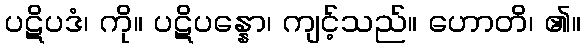
ပဋိပဒံ၊ ကို။ ပဋိပန္နော၊ ကျင့်သည်။ ဟောတိ၊ ၏။